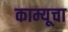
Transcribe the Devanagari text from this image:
काम्यूचा